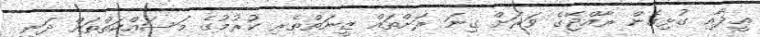
ޢީދާއި ގުޅިގެން ރާއްޖޭގެ ވަރަށް ގިނަ ރަށްތައް ޒީނަތްތެރި ކުރުމުގެ މަސައްކަތްތައް ދަނީ